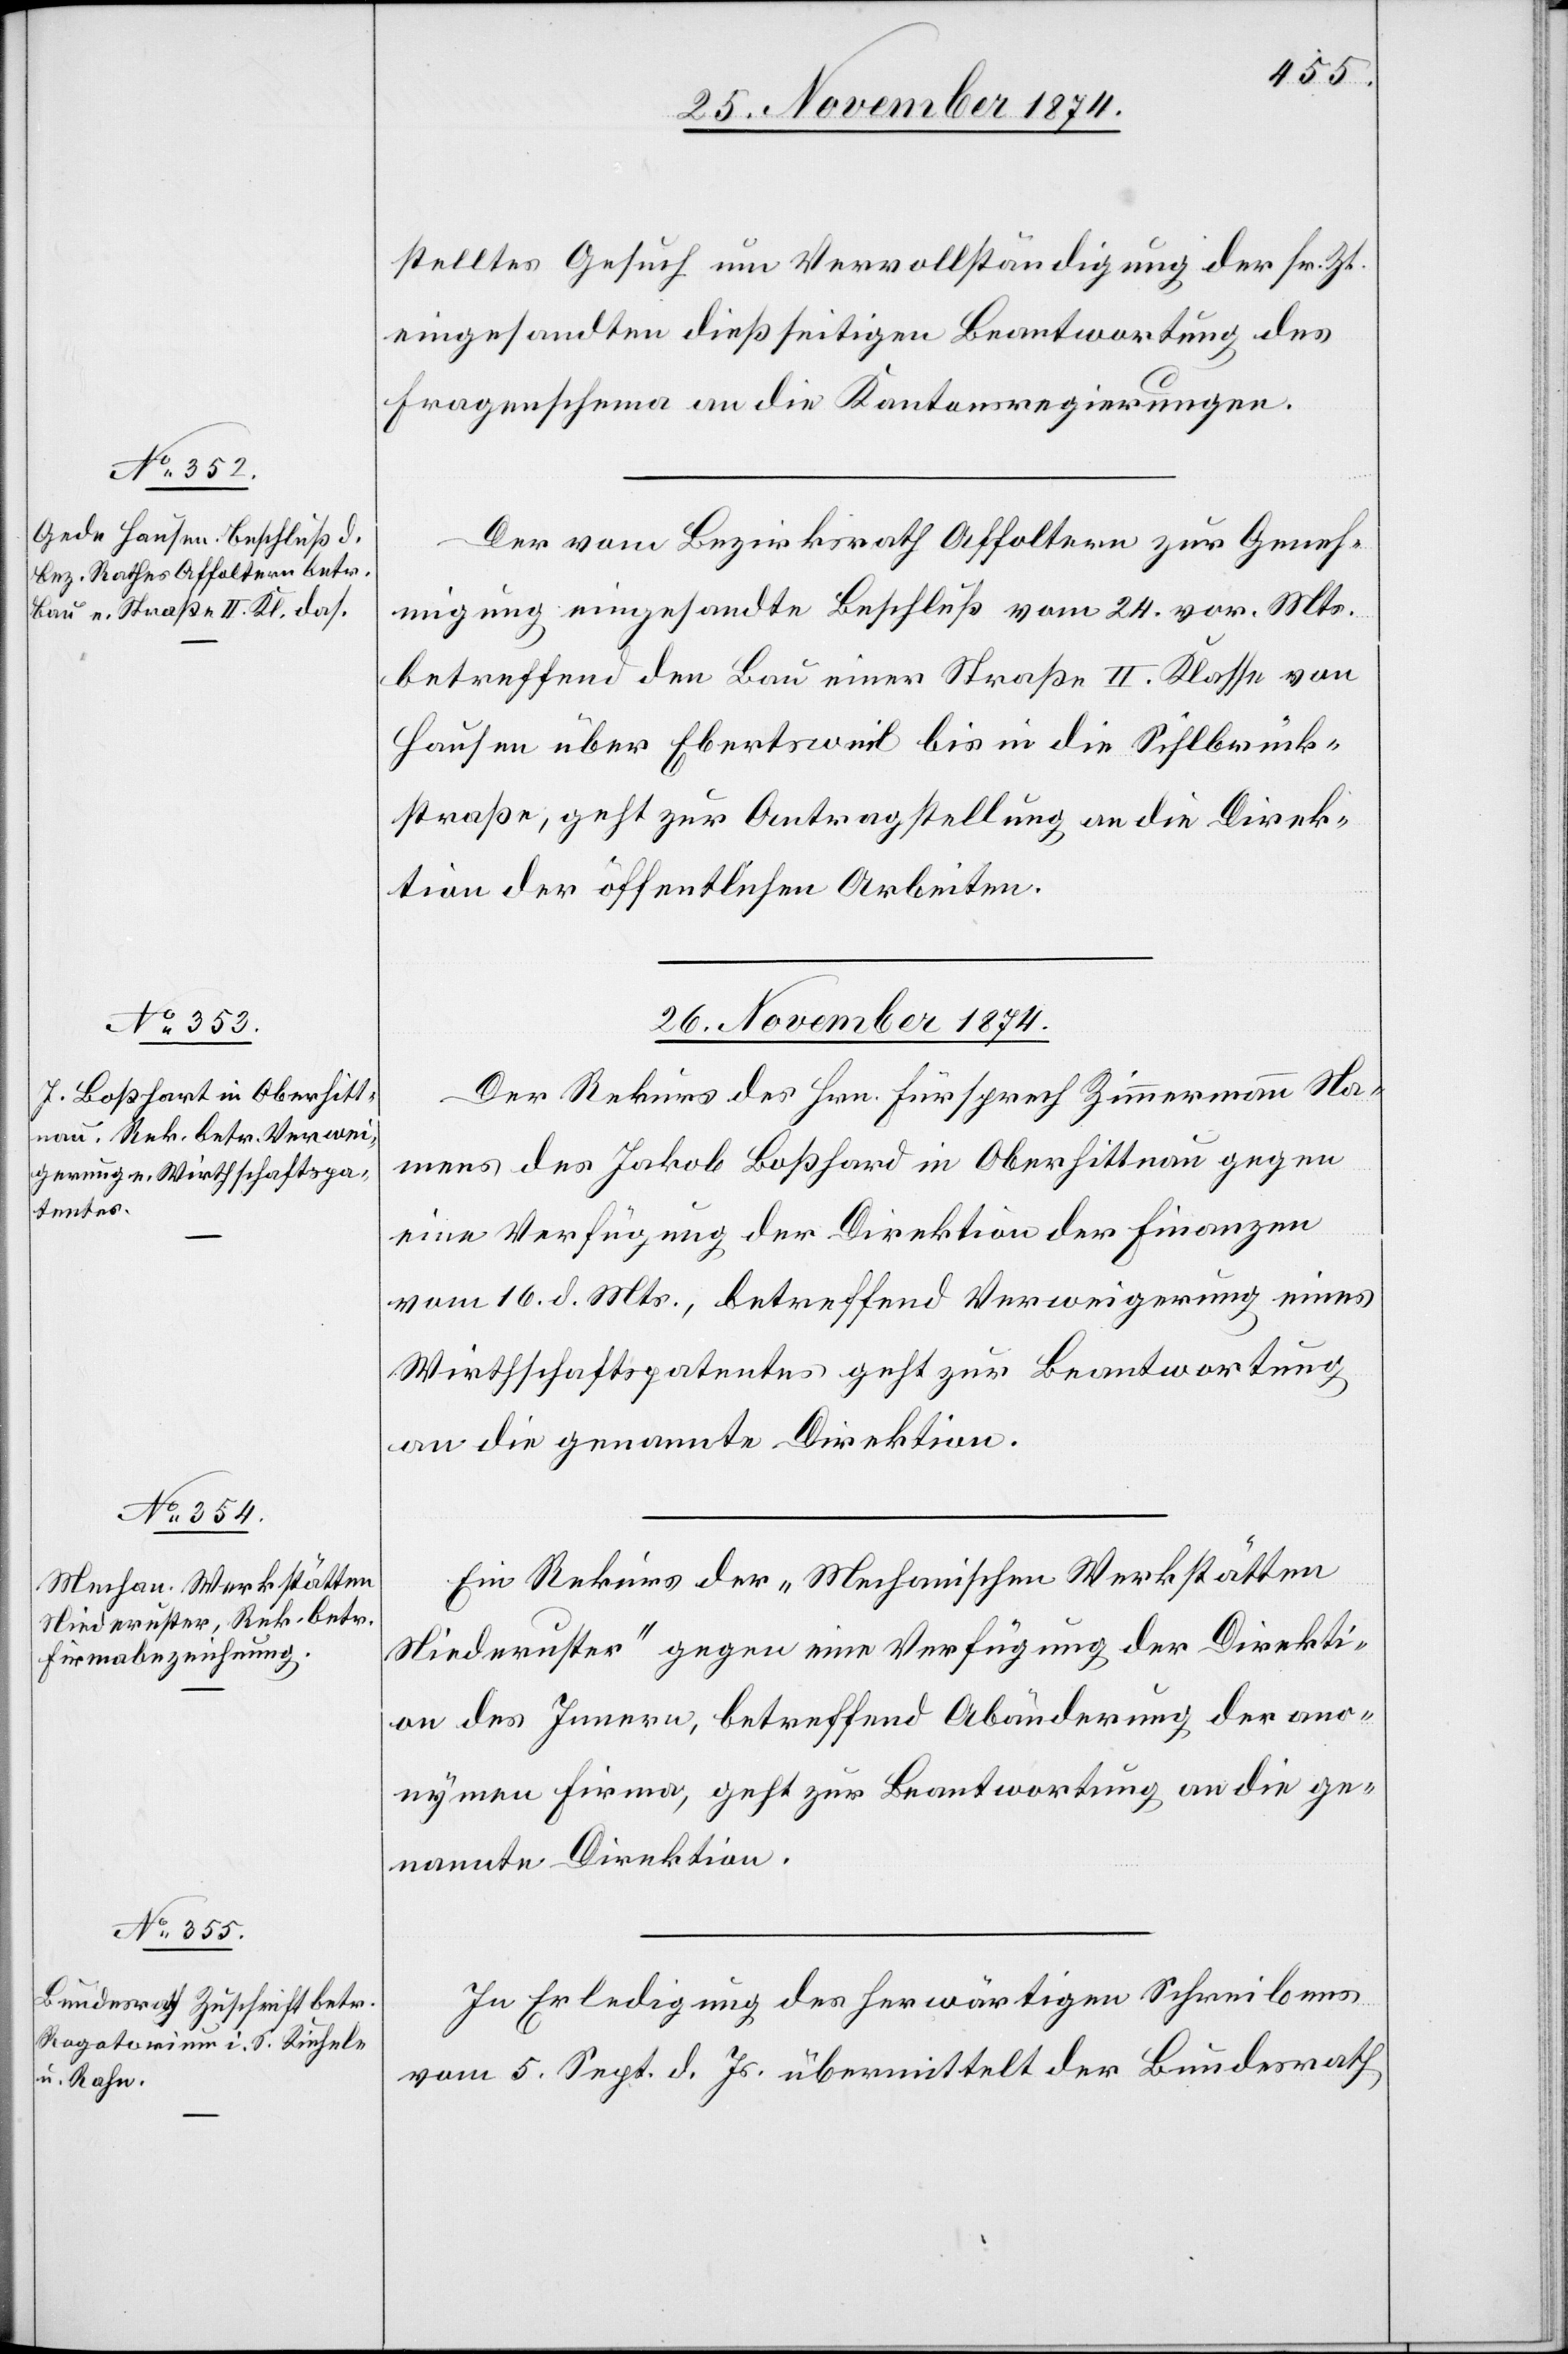
26. November 1874.]
stelltes Gesuch um Vervollständigung der sr. Zt.
eingesandten dießseitigen Beantwortung des
Fragenschema an die Kantonsregierungen.
Der vom Bezirksrath Affoltern zur Geneh¬
migung eingesandte Beschluß vom 24. vor. Mts.
betreffend den Bau einer Straße II. Klasse von
Hausen über Ebertsweil bis in die Sihlbrück¬
straße, geht zur Antragstellung an die Direk¬
tion der öffentlichen Arbeiten.
26. November 1874.
Der Rekurs des Hrn. Fürsprech Zimmermann Na¬
mens des Jakob Boßhard [sic!] in Oberhittnau gegen
eine Verfügung der Direktion der Finanzen
vom 16. d. Mts., betreffend Verweigerung eines
Wirthschaftspatentes geht zur Beantwortung
an die genannte Direktion.
Ein Rekurs der „Mechanischen Werkstätten
Niederuster“ gegen eine Verfügung der Direkti¬
on des Innern, betreffend Abänderung der ano¬
nymen Firma, geht zur Beantwortung an die ge¬
nannte Direktion.
In Erledigung des herwärtigen Schreibens
vom 5. Sept. d. Js. übermittelt der Bundesrath